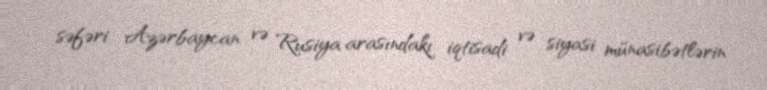
səfəri Azərbaycan və Rusiya arasındakı iqtisadi və siyasi münasibətlərin